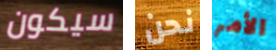
سيكون نحن الأمر